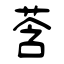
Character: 莟